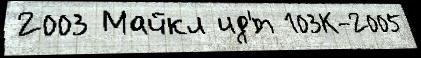
2003 Майкл ид'́т 103К-2005